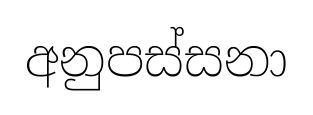
අනුපස්සනා